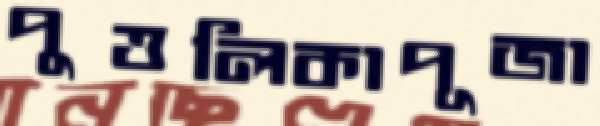
পুত্তলিকাপূজা